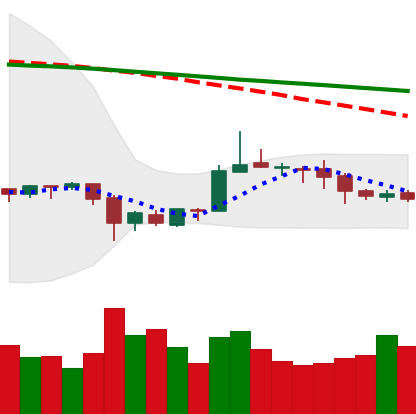
Ticker: ETC-USD
Chart end date: 2020-10-05
Forward return: 3.782%
Label: up_3_5